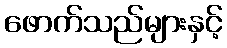
ဖောက်သည်များနှင့်